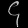
Digit: ၄